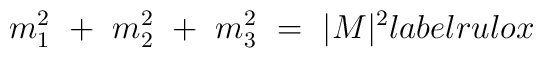
m_{1 }^2\ +\ m_{ 2}^2\ +\ m_{3 }^2\ =\ |M|^2\ \